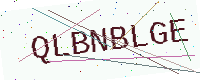
Text: QLBNBLGE